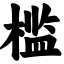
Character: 槛